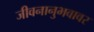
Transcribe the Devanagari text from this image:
जीवनानुभवावर